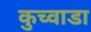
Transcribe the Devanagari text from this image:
कुच्वाडा